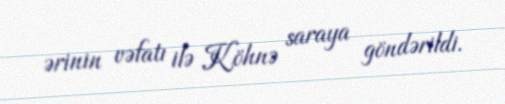
ərinin vəfatı ilə Köhnə saraya göndərildi.